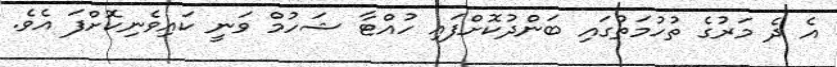
އެ ދެ މަރުގެ ތުހުމަތުގައި ބަންދުކޮށްފައި ހުއްޓާ ޝަހުމް ވަނީ ކައިވެނިކޮށްފަ އެވެ.